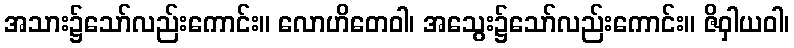
အသား၌သော်လည်းကောင်း။ လောဟိတေဝါ၊ အသွေး၌သော်လည်းကောင်း။ ဇိဝှါယဝါ၊